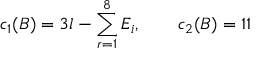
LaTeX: c _ { 1 } ( B ) = 3 l - \sum _ { r = 1 } ^ { 8 } E _ { i } , \qquad c _ { 2 } ( B ) = 1 1